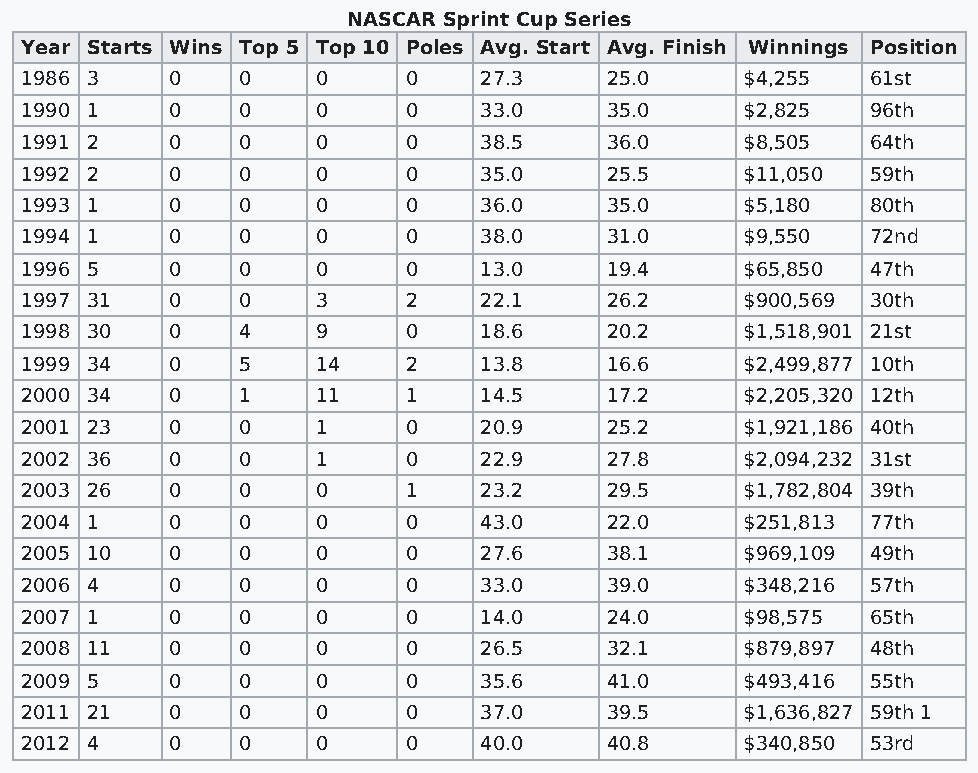
NASCAR Sprint Cup Series
 Year Starts Wins Top 5 Top 10 Poles Avg. Start Avg. Finish Winnings Position
 1986 3    0    0    0     0    27.3    25.0     $4,255   61st
 1990 1    0    0    0     0    33.0    35.0     $2,825   96th
 1991 2    0    0    0     0    38.5    36.0     $8,505   64th
 1992 2    0    0    0     0    35.0    25.5     $11,050  59th
 1993 1    0    0    0     0    36.0    35.0     $5,180   80th
 1994 1    0    0    0     0    38.0    31.0     $9,550   72nd
 1996 5    0    0    0     0    13.0    19.4     $65,850  47th
 1997 31   0    0    3     2    22.1    26.2     $900,569 30th
 1998 30   0    4    9     0    18.6    20.2     $1,518,901 21st
 1999 34   0    5    14    2    13.8    16.6     $2,499,877 10th
 2000 34   0    1    11    1    14.5    17.2     $2,205,320 12th
 2001 23   0    0    1     0    20.9    25.2     $1,921,186 40th
 2002 36   0    0    1     0    22.9    27.8     $2,094,232 31st
 2003 26   0    0    0     1    23.2    29.5     $1,782,804 39th
 2004 1    0    0    0     0    43.0    22.0     $251,813 77th
 2005 10   0    0    0     0    27.6    38.1     $969,109 49th
 2006 4    0    0    0     0    33.0    39.0     $348,216 57th
 2007 1    0    0    0     0    14.0    24.0     $98,575  65th
 2008 11   0    0    0     0    26.5    32.1     $879,897 48th
 2009 5    0    0    0     0    35.6    41.0     $493,416 55th
 2011 21   0    0    0     0    37.0    39.5     $1,636,827 59th 1
 2012 4    0    0    0     0    40.0    40.8     $340,850 53rd